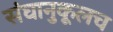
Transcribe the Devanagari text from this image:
संघानुकूलच